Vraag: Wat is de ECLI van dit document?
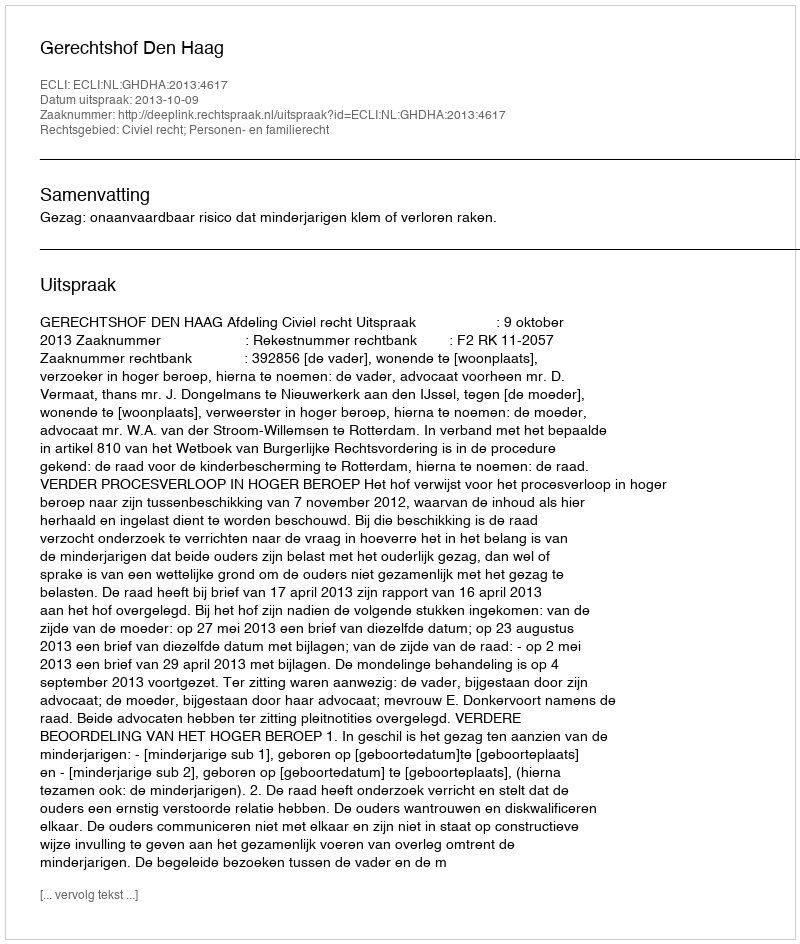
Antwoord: ECLI:NL:GHDHA:2013:4617